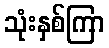
သုံးနှစ်ကြာ